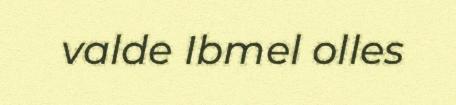
valde Ibmel olles